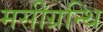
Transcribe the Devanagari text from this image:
मसीग्रन्थि